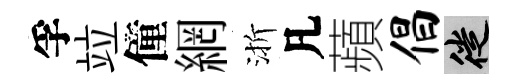
孚竝僮網渐凡蘋倡徙